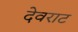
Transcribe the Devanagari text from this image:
देवराट